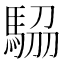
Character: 𩣒